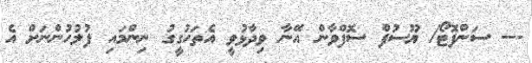
--- ސަންފޮޓޯ/ ޔޫސުފް ސޮފްވާން އޭނާ ވިދާޅުވީ އެތަހުގީގު ނިންމައި ފުލުހުންނަށް އެ